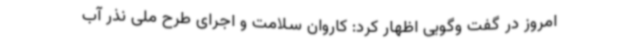
امروز در گفت وگویی اظهار کرد: کاروان سلامت و اجرای طرح ملی نذر آب